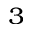
_ 3